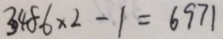
3 4 8 6 \times 2 - 1 = 6 9 7 1